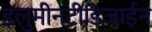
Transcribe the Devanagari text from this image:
इलुमीनटीडिजाईन